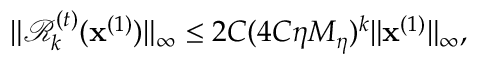
\| \mathcal { R } _ { k } ^ { ( t ) } ( \mathbf { x } ^ { ( 1 ) } ) \| _ { \infty } \leq 2 C ( 4 C \eta M _ { \eta } ) ^ { k } \| \mathbf { x } ^ { ( 1 ) } \| _ { \infty } ,